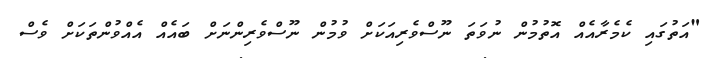
"އަތުގައި ކެމެރާއެއް އޮތުމުން ނުވަތަ ނޫސްވެރިއަކަށް ވުމުން ނޫސްވެރިންނަށް ބައެއް އެއްވުންތަކަށް ވެސް